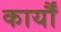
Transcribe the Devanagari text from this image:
कार्यौं